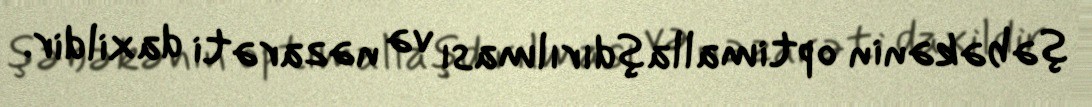
şəbəkənin optimallaşdırılması və nəzarəti daxildir.